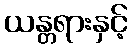
ယန္တရားနှင့်